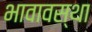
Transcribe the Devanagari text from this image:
भावावस्था